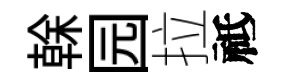
𠏉园拉祗